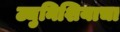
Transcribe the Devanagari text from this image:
ट्युनिशियाचा